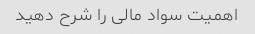
اهمیت سواد مالی را شرح دهید